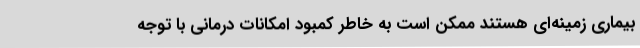
بیماری زمینه‌ای هستند ممکن است به خاطر کمبود امکانات درمانی با توجه